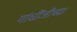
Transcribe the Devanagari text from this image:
गांधींजीच्या